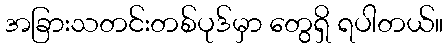
အခြားသတင်းတစ်ပုဒ်မှာ တွေရှိ ရပါတယ်။